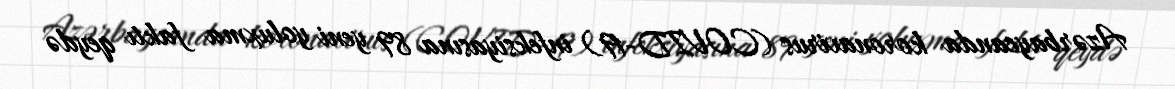
Azərbaycanda koronavirus (COVID-19) infeksiyasına 89 yeni yoluxma faktı qeydə